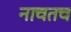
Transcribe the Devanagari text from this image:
नाचतच